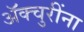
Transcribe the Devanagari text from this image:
ॲक्चुरींना